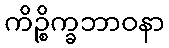
ကိဉ္စိက္ခဘာဝနာ